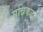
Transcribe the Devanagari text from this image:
सन्निकटत